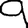
Digit: 9